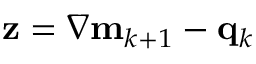
\mathbf { z } = \nabla \mathbf { m } _ { k + 1 } - \mathbf { q } _ { k }